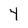
Character: 4